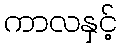
ကာလနှင့်